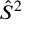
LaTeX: { \hat { S } } ^ { 2 }